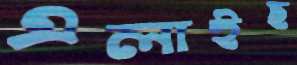
এলাইছ